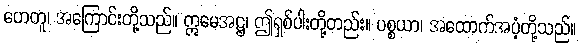
ဟေတူ၊ အကြောင်းတို့သည်။ ဣမေအဋ္ဌ၊ ဤရှစ်ပါးတို့တည်း။ ပစ္စယာ၊ အထောက်အပံ့တို့သည်။